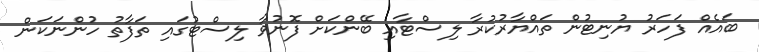
ބައެއް ފަހަރު ޔުނިޓުން ތައްޔާރުކުރާ ލިސްޓާއި ބޭންކަށް ފޮނުވާ ލިސްޓުގައި ތަފާތު ހުންނަކަން